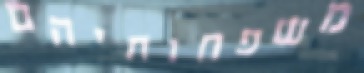
משפחותיהם